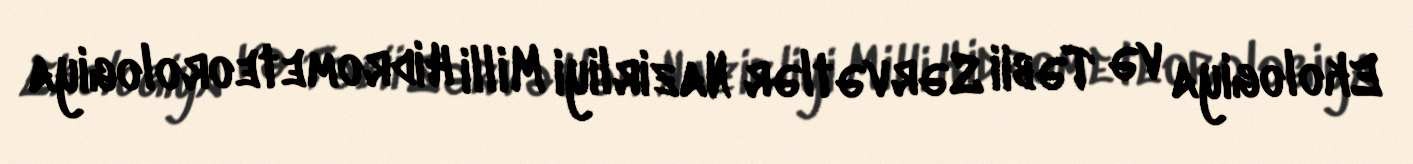
Ekologiya və Təbii Sərvətlər Nazirliyi Milli Hidrometeorologiya